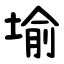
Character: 堬